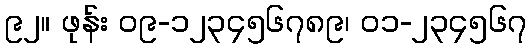
၉၂။ ဖုန်း ၀၉-၁၂၃၄၅၆၇၈၉၊ ၀၁-၂၃၄၅၆၇